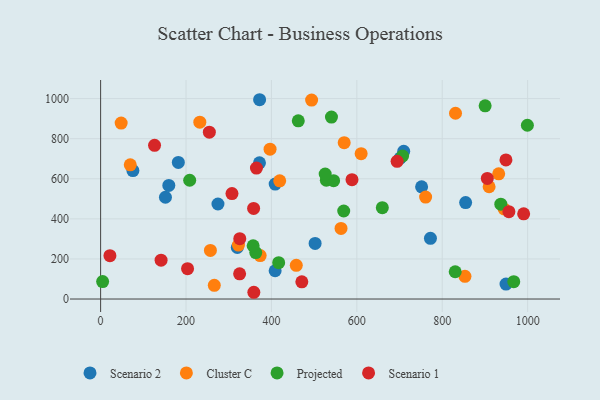
{"axis": {"x": "Study Hours", "y": "Salary"}, "legend": ["Cluster C", "Projected", "Scenario 1", "Scenario 2"], "data": [{"x": "854.8", "y": 481.3, "type": "Scenario 2"}, {"x": "75.6", "y": 640.8, "type": "Scenario 2"}, {"x": "502.3", "y": 277.6, "type": "Scenario 2"}, {"x": "182.0", "y": 681.4, "type": "Scenario 2"}, {"x": "701.6", "y": 703.3, "type": "Scenario 2"}, {"x": "751.7", "y": 559.8, "type": "Scenario 2"}, {"x": "372.0", "y": 679.6, "type": "Scenario 2"}, {"x": "274.8", "y": 474.1, "type": "Scenario 2"}, {"x": "709.8", "y": 737.2, "type": "Scenario 2"}, {"x": "151.8", "y": 507.9, "type": "Scenario 2"}, {"x": "372.3", "y": 994.4, "type": "Scenario 2"}, {"x": "320.1", "y": 257.1, "type": "Scenario 2"}, {"x": "408.7", "y": 141.0, "type": "Scenario 2"}, {"x": "949.4", "y": 74.5, "type": "Scenario 2"}, {"x": "408.8", "y": 573.3, "type": "Scenario 2"}, {"x": "772.4", "y": 302.7, "type": "Scenario 2"}, {"x": "159.7", "y": 566.6, "type": "Scenario 2"}, {"x": "831.1", "y": 926.8, "type": "Cluster C"}, {"x": "494.1", "y": 992.8, "type": "Cluster C"}, {"x": "266.2", "y": 68.4, "type": "Cluster C"}, {"x": "761.1", "y": 508.9, "type": "Cluster C"}, {"x": "610.1", "y": 725.0, "type": "Cluster C"}, {"x": "322.8", "y": 269.4, "type": "Cluster C"}, {"x": "932.2", "y": 624.8, "type": "Cluster C"}, {"x": "458.2", "y": 168.0, "type": "Cluster C"}, {"x": "909.8", "y": 560.1, "type": "Cluster C"}, {"x": "48.1", "y": 877.9, "type": "Cluster C"}, {"x": "69.4", "y": 669.7, "type": "Cluster C"}, {"x": "396.8", "y": 747.7, "type": "Cluster C"}, {"x": "563.0", "y": 352.2, "type": "Cluster C"}, {"x": "945.0", "y": 449.1, "type": "Cluster C"}, {"x": "257.1", "y": 242.4, "type": "Cluster C"}, {"x": "419.4", "y": 589.9, "type": "Cluster C"}, {"x": "570.4", "y": 780.1, "type": "Cluster C"}, {"x": "853.2", "y": 113.2, "type": "Cluster C"}, {"x": "232.3", "y": 882.5, "type": "Cluster C"}, {"x": "373.7", "y": 216.9, "type": "Cluster C"}, {"x": "363.3", "y": 231.7, "type": "Projected"}, {"x": "937.2", "y": 473.1, "type": "Projected"}, {"x": "462.9", "y": 889.3, "type": "Projected"}, {"x": "417.0", "y": 181.6, "type": "Projected"}, {"x": "528.6", "y": 592.7, "type": "Projected"}, {"x": "569.3", "y": 439.2, "type": "Projected"}, {"x": "540.6", "y": 907.6, "type": "Projected"}, {"x": "357.2", "y": 265.9, "type": "Projected"}, {"x": "967.5", "y": 86.7, "type": "Projected"}, {"x": "659.7", "y": 455.7, "type": "Projected"}, {"x": "707.2", "y": 713.7, "type": "Projected"}, {"x": "999.4", "y": 867.1, "type": "Projected"}, {"x": "4.7", "y": 87.1, "type": "Projected"}, {"x": "545.6", "y": 590.5, "type": "Projected"}, {"x": "208.6", "y": 592.7, "type": "Projected"}, {"x": "525.9", "y": 623.5, "type": "Projected"}, {"x": "900.5", "y": 964.0, "type": "Projected"}, {"x": "830.4", "y": 136.2, "type": "Projected"}, {"x": "471.2", "y": 86.0, "type": "Scenario 1"}, {"x": "905.6", "y": 601.5, "type": "Scenario 1"}, {"x": "141.6", "y": 194.0, "type": "Scenario 1"}, {"x": "21.8", "y": 216.4, "type": "Scenario 1"}, {"x": "203.6", "y": 151.5, "type": "Scenario 1"}, {"x": "694.3", "y": 687.2, "type": "Scenario 1"}, {"x": "126.3", "y": 766.8, "type": "Scenario 1"}, {"x": "325.5", "y": 125.8, "type": "Scenario 1"}, {"x": "588.7", "y": 595.5, "type": "Scenario 1"}, {"x": "358.3", "y": 452.2, "type": "Scenario 1"}, {"x": "325.9", "y": 300.9, "type": "Scenario 1"}, {"x": "254.6", "y": 832.7, "type": "Scenario 1"}, {"x": "364.9", "y": 653.3, "type": "Scenario 1"}, {"x": "956.1", "y": 435.8, "type": "Scenario 1"}, {"x": "990.7", "y": 425.1, "type": "Scenario 1"}, {"x": "307.6", "y": 525.9, "type": "Scenario 1"}, {"x": "358.8", "y": 33.7, "type": "Scenario 1"}, {"x": "949.2", "y": 694.1, "type": "Scenario 1"}]}